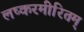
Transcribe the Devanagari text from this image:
लष्करमीरितम्